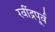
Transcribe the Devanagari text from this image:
रवींद्रपूर्व